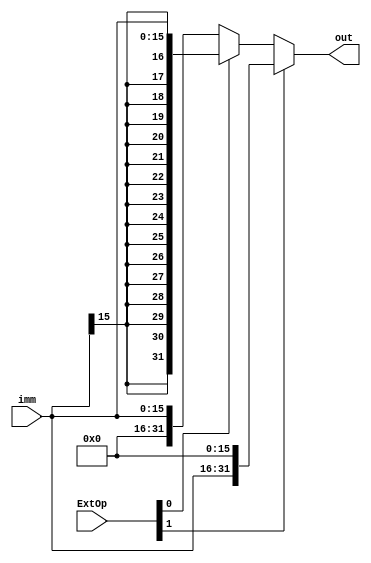
module Extender(input [15:0]imm,input [1:0]ExtOp,output [31:0]out);
assign out=ExtOp[1]?{imm,16'h0000}:ExtOp[0]?{{16{imm[15]}},imm}:{16'b0000_0000_0000_0000,imm};       //1:sig extender 0:zero extender
endmodule